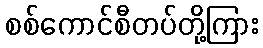
စစ်ကောင်စီတပ်တို့ကြား